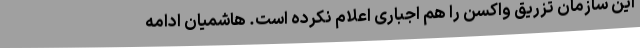
این سازمان تزریق واکسن را هم اجباری اعلام نکرده است. هاشمیان ادامه